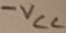
Text: -VCC